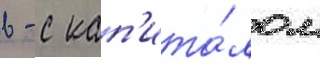
в - с кап'ита́лом